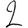
Digit: 2